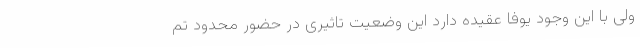
ولی با این وجود یوفا عقیده دارد این وضعیت تاثیری در حضور محدود تم